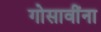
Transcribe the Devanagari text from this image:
गोसावींना